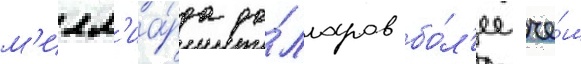
м'илл'иа́рда до́лларов бо́л'ее че́м